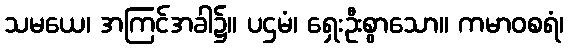
သမယေ၊ အကြင်အခါ၌။ ပဌမံ၊ ရှေးဦးစွာသော။ ကမာဝစရံ၊